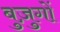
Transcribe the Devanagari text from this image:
बुज़ुगों